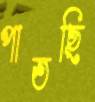
পাতছি